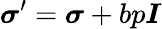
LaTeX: \boldsymbol{\sigma}^{\prime}=\boldsymbol{\sigma}+bp\boldsymbol{I}